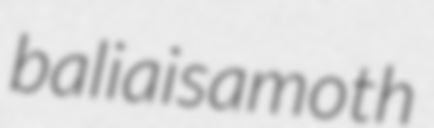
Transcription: balia is a moth